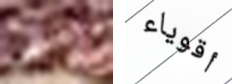
واش أقوياء